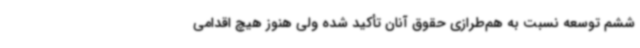
ششم توسعه نسبت به هم‌طرازی حقوق آنان تأکید شده ولی هنوز هیچ اقدامی